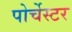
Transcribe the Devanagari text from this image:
पोर्चेस्टर